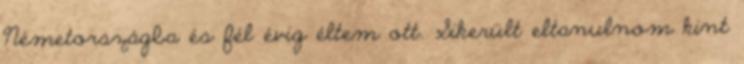
Németországba és fél évig éltem ott. Sikerült eltanulnom kint